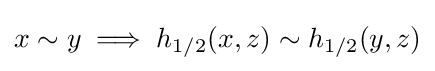
x\sim y\implies h_{1/2}(x,z)\sim h_{1/2}(y,z)